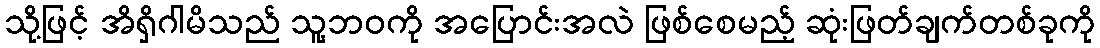
သို့ဖြင့် အိရှိဂါမိသည် သူ့ဘဝကို အပြောင်းအလဲ ဖြစ်စေမည့် ဆုံးဖြတ်ချက်တစ်ခုကို